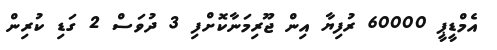
އެމްޑީޕީ 60000 ރުފިޔާ އިން ޖޫރިމަނާކޮށްފި 3 ދުވަސް 2 ގަޑި ކުރިން